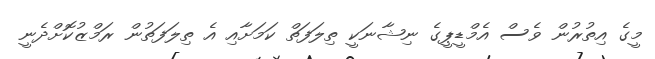
މީގެ އިތުރުން ވެސް އެމްޑީޕީގެ ނިޝާނަކީ ތިލަފަތް ކަމަށާއި އެ ތިލަފަތުން ރަމްޒުކޮށްދެނީ